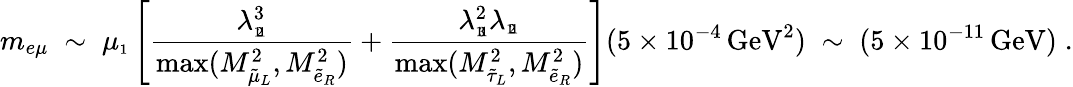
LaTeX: m_{e\mu}\; \sim\; \mu_{\scriptscriptstyle 1}\left[\frac{\lambda_{\scriptscriptstyle 1\! 2\! 1}^{3}}{\mathrm{max}(M_{\tilde{\mu}_{L}}^{2},M_{\tilde{e}_{R}}^{2})}+\frac{\lambda_{\scriptscriptstyle 1\! 3\! 1}^{2}\lambda_{\scriptscriptstyle 1\! 2\! 1}}{\mathrm{max}(M_{\tilde{\tau}_{L}}^{2},M_{\tilde{e}_{R}}^{2})}\right](5\times 10^{-4}\, \mathrm{GeV}^{2})\; \sim\; (5\times 10^{-11}\, \mathrm{GeV})\; .